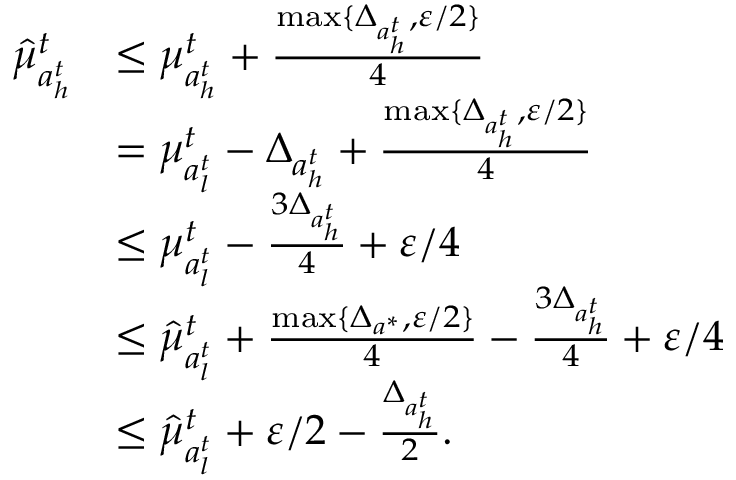
\begin{array} { r l } { \hat { \mu } _ { a _ { h } ^ { t } } ^ { t } } & { \le \mu _ { a _ { h } ^ { t } } ^ { t } + \frac { \operatorname* { m a x } \{ \Delta _ { a _ { h } ^ { t } } , \varepsilon / 2 \} } { 4 } } \\ & { = \mu _ { a _ { l } ^ { t } } ^ { t } - \Delta _ { a _ { h } ^ { t } } + \frac { \operatorname* { m a x } \{ \Delta _ { a _ { h } ^ { t } } , \varepsilon / 2 \} } { 4 } } \\ & { \le \mu _ { a _ { l } ^ { t } } ^ { t } - \frac { 3 \Delta _ { a _ { h } ^ { t } } } { 4 } + \varepsilon / 4 } \\ & { \le \hat { \mu } _ { a _ { l } ^ { t } } ^ { t } + \frac { \operatorname* { m a x } \{ \Delta _ { a ^ { * } } , \varepsilon / 2 \} } { 4 } - \frac { 3 \Delta _ { a _ { h } ^ { t } } } { 4 } + \varepsilon / 4 } \\ & { \le \hat { \mu } _ { a _ { l } ^ { t } } ^ { t } + \varepsilon / 2 - \frac { \Delta _ { a _ { h } ^ { t } } } { 2 } . } \end{array}